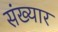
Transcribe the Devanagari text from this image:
संख्यार